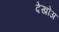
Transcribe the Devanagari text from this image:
देखोअ